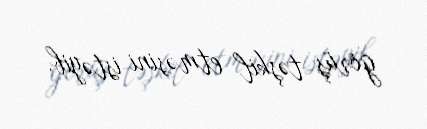
görüş təşkil etməsini istəyib.